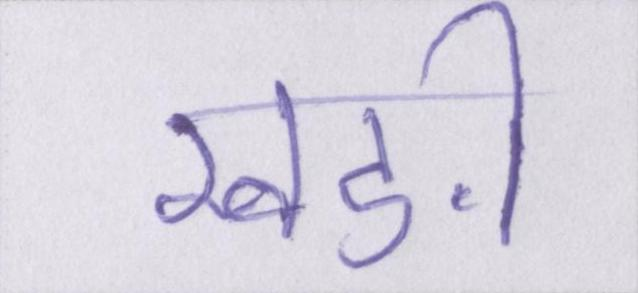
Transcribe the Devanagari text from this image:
खङी